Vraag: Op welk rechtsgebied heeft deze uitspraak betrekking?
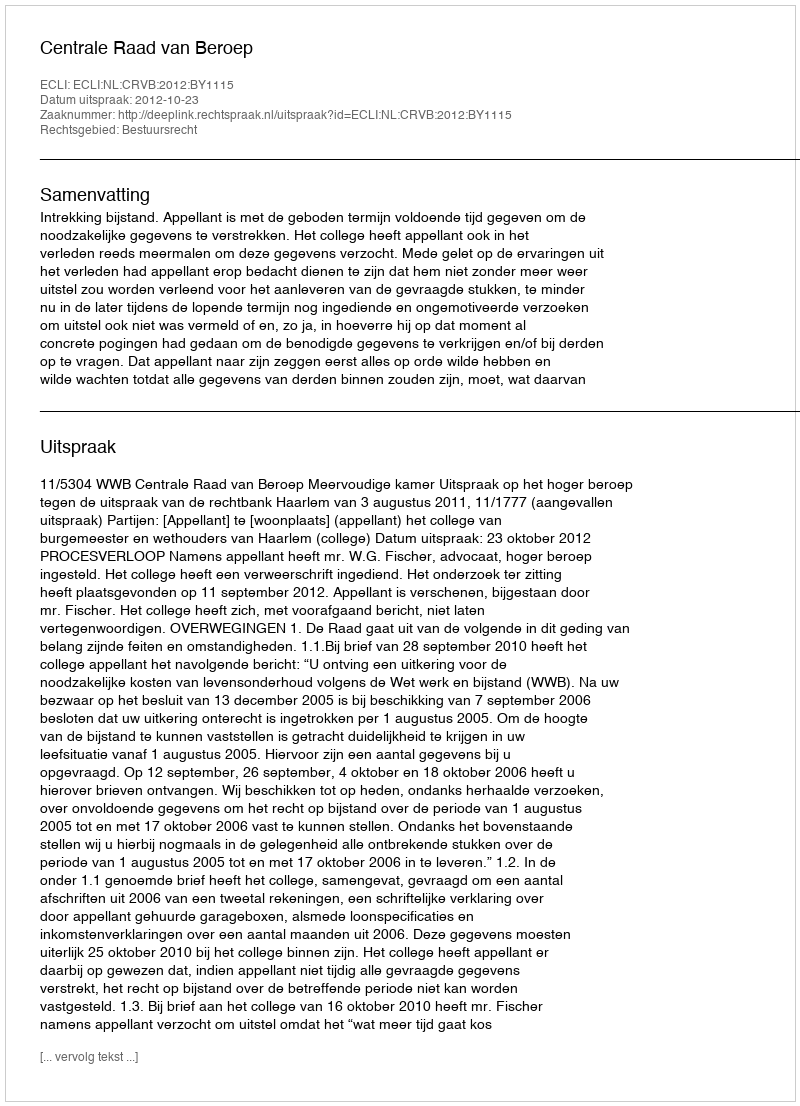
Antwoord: Bestuursrecht